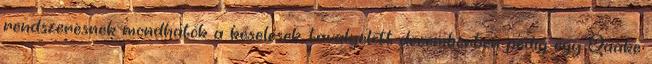
rendszeresnek mondhatók a késelések, tavalyelőtt decemberben pedig egy Quake